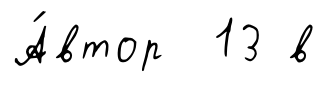
А́втор 13 в